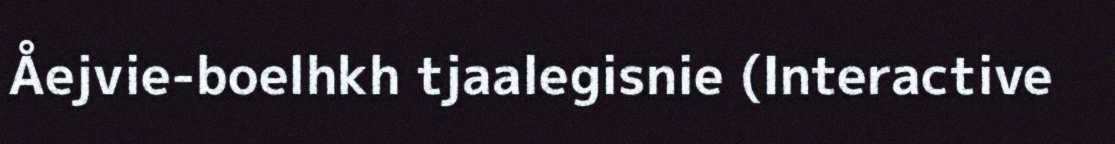
Åejvie-boelhkh tjaalegisnie (Interactive